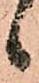
候